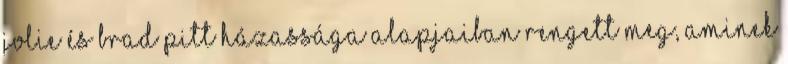
Jolie és Brad Pitt házassága alapjaiban rengett meg, aminek